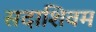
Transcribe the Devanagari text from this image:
सदाशिवम